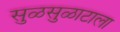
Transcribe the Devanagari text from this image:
सुळसुळाटाला